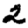
Digit: 2